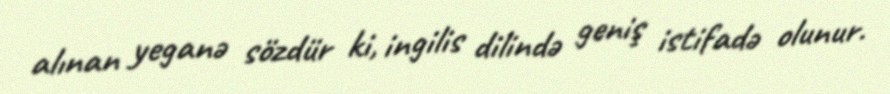
alınan yeganə sözdür ki, ingilis dilində geniş istifadə olunur.